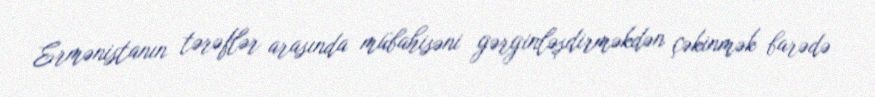
Ermənistanın tərəflər arasında mübahisəni gərginləşdirməkdən çəkinmək barədə